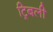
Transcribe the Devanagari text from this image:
ट्रिबली